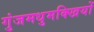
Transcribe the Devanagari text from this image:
गुंजमधुमक्खियों